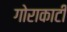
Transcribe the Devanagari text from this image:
गोराकाटी